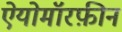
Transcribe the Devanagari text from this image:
ऐयोमॉरफ़ीन